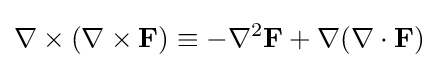
\nabla \times (\nabla \times \mathbf {F} )\equiv -\nabla ^{2}\mathbf {F} +\nabla (\nabla \cdot \mathbf {F} )